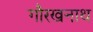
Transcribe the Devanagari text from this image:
गौरखनाथ